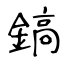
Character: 鎬